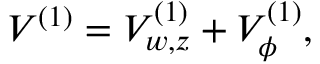
{ \cal V } ^ { ( 1 ) } = { \cal V } _ { w , z } ^ { ( 1 ) } + { \cal V } _ { \phi } ^ { ( 1 ) } ,